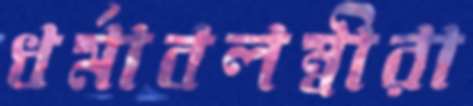
ধর্মাবলম্বীরা